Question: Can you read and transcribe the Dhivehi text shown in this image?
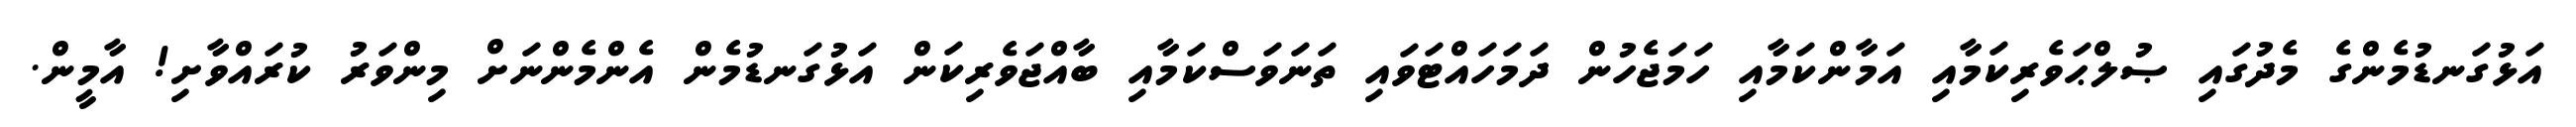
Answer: އަޅުގަނޑުމެންގެ މެދުގައި ޞުލްޙަވެރިކަމާއި އަމާންކަމާއި ހަމަޖެހުން ދަމަހައްޓަވައި ތަނަވަސްކަމާއި ބާއްޖަވެރިކަން އަޅުގަނޑުމެން އެންމެންނަށް މިންވަރު ކުރައްވާށި! އާމީން.